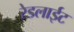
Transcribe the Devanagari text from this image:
रेडलाईट